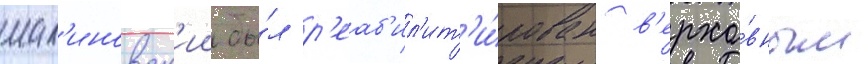
мал'иновск'ии бы́л р'еаб'ил'ит'и́рован в'ерхо́вным